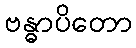
ဗန္ဓာပိတော